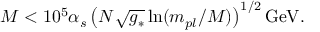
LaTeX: M < 1 0 ^ { 5 } \alpha _ { s } \left( N \sqrt { g _ { * } } \ln ( m _ { p l } / M ) \right) ^ { 1 / 2 } \mathrm { G e V } .